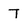
Character: T